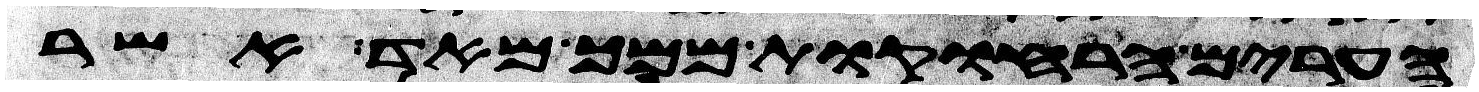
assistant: הערים הרחוקות ממך מאד אשר